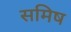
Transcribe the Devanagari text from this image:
समिष